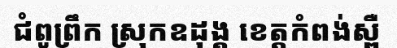
ជំពូព្រឹក ស្រុកឧដុង្គ ខេត្តកំពង់ស្ពឺ